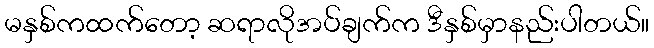
မနှစ်ကထက်တော့ ဆရာလိုအပ်ချက်က ဒီနှစ်မှာနည်းပါတယ်။